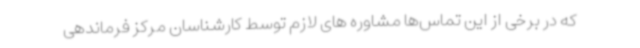
که در برخی از این تماس‌ها مشاوره های لازم توسط کارشناسان مرکز فرماندهی